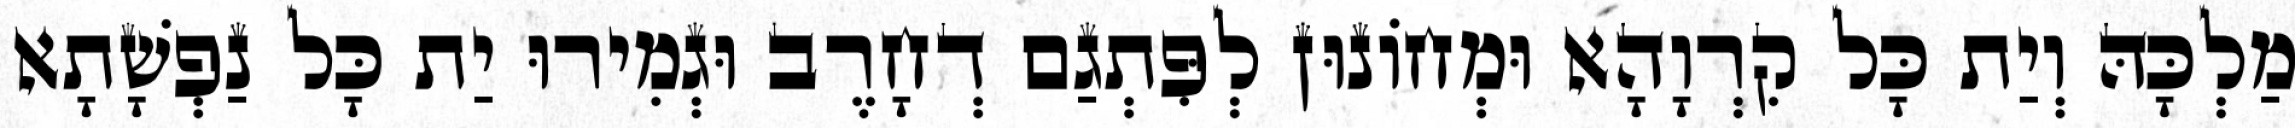
מַלְכָּהּ וְיַת כָּל קִרְוָהָא וּמְחוֹנוּן לְפִּתְגַם דְחָרֶב וּגְמִירוּ יַת כָּל נַפְשָׁתָא